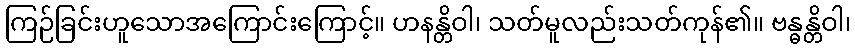
ကြဉ်ခြင်းဟူသောအကြောင်းကြောင့်။ ဟနန္တိဝါ၊ သတ်မူလည်းသတ်ကုန်၏။ ဗန္ဓန္တိဝါ၊